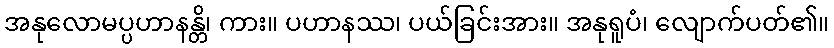
အနုလောမပ္ပဟာနန္တိ၊ ကား။ ပဟာနဿ၊ ပယ်ခြင်းအား။ အနုရူပံ၊ လျောက်ပတ်၏။